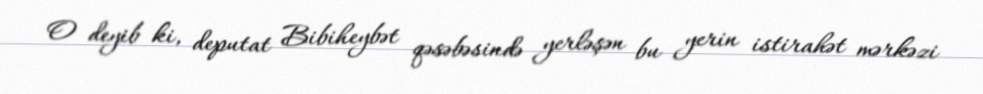
O deyib ki, deputat Bibiheybət qəsəbəsində yerləşən bu yerin istirahət mərkəzi